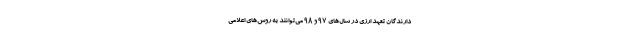
دارندگان تعهد ارزی در سال‌های ۹۷ و ۹۸ می‌توانند به روش‌های اعلامی